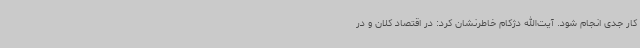
کار جدی انجام شود. آیت‌الله دژکام خاطرنشان کرد: در اقتصاد کلان و در